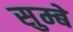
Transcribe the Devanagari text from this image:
सुम्बे